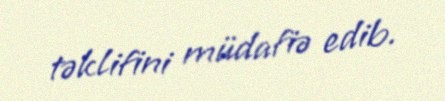
təklifini müdafiə edib.